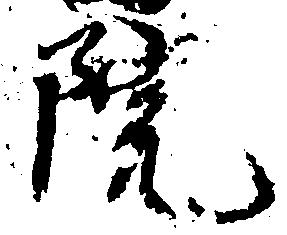
院